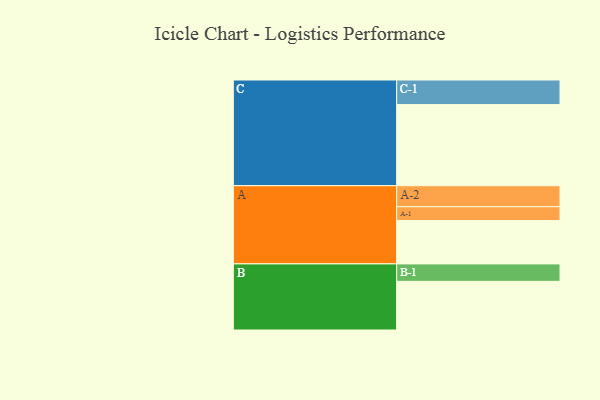
{"axis": {"x": "Segment", "y": "Value"}, "legend": ["", "A", "B", "C"], "data": [{"x": "A", "y": 315, "type": ""}, {"x": "B", "y": 354, "type": ""}, {"x": "C", "y": 590, "type": ""}, {"x": "A-1", "y": 101, "type": "A"}, {"x": "A-2", "y": 153, "type": "A"}, {"x": "B-1", "y": 127, "type": "B"}, {"x": "C-1", "y": 179, "type": "C"}]}